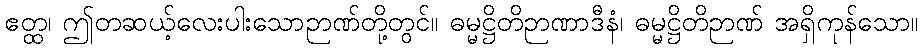
ဧတ္ထ၊ ဤတဆယ့်လေးပါးသောဉာဏ်တို့တွင်။ ဓမ္မဋ္ဌိတိဉာဏာဒီနံ၊ ဓမ္မဋ္ဌိတိဉာဏ် အရှိကုန်သော။